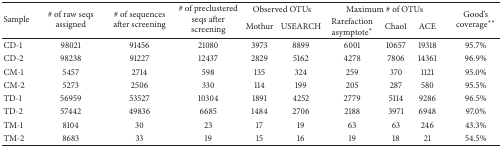
| <ROWSPAN=2> Sample | <ROWSPAN=2> # of raw seqs assigned | <ROWSPAN=2> # of sequences after screening | <ROWSPAN=2> # of preclustered seqs after screening | <COLSPAN=2> Observed OTUs | <COLSPAN=3> Maximum # of OTUs | <ROWSPAN=2> Good's coverage∗∗ |
 | Mothur | USEARCH | Rarefaction asymptote∗ | Chao1 | ACE |
 | --- | --- | --- | --- | --- | --- | --- | --- | --- | --- |
 | CD-1 | 98021 | 91456 | 21080 | 3973 | 8899 | 6001 | 10657 | 19318 | 95.7% |
 | CD-2 | 98238 | 91227 | 12437 | 2829 | 5162 | 4278 | 7806 | 14361 | 96.9% |
 | CM-1 | 5457 | 2714 | 598 | 135 | 324 | 259 | 370 | 1121 | 95.0% |
 | CM-2 | 5273 | 2506 | 330 | 114 | 199 | 205 | 287 | 580 | 95.5% |
 | TD-1 | 56959 | 53527 | 10304 | 1891 | 4252 | 2779 | 5114 | 9286 | 96.5% |
 | TD-2 | 57442 | 49836 | 6685 | 1484 | 2706 | 2188 | 3971 | 6948 | 97.0% |
 | TM-1 | 8104 | 30 | 23 | 17 | 19 | 63 | 63 | 246 | 43.3% |
 | TM-2 | 8683 | 33 | 19 | 15 | 16 | 19 | 18 | 21 | 54.5% |